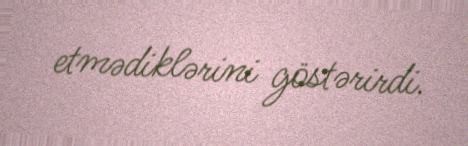
etmədiklərini göstərirdi.